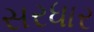
સરધાર